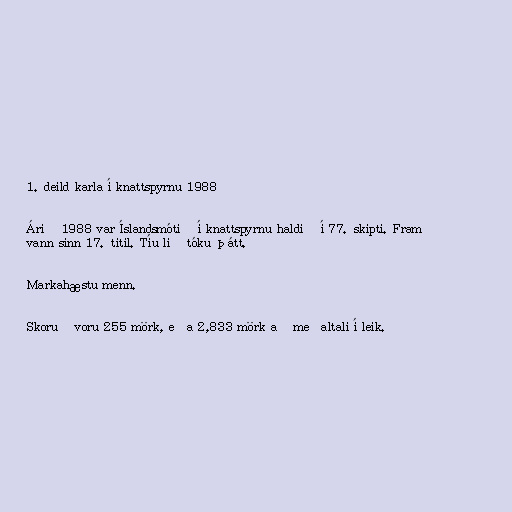
1. deild karla í knattspyrnu 1988

Árið 1988 var Íslandsmótið í knattspyrnu haldið í 77. skipti. Fram
vann sinn 17. titil. Tíu lið tóku þátt.

Markahæstu menn.

Skoruð voru 255 mörk, eða 2,833 mörk að meðaltali í leik.